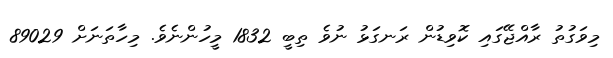
މިވަގުތު ރާއްޖޭގައި ކޮވިޑުން ރަނގަޅު ނުވެ ތިބީ 1832 މީހުންނެވެ. މިހާތަނަށް 89029